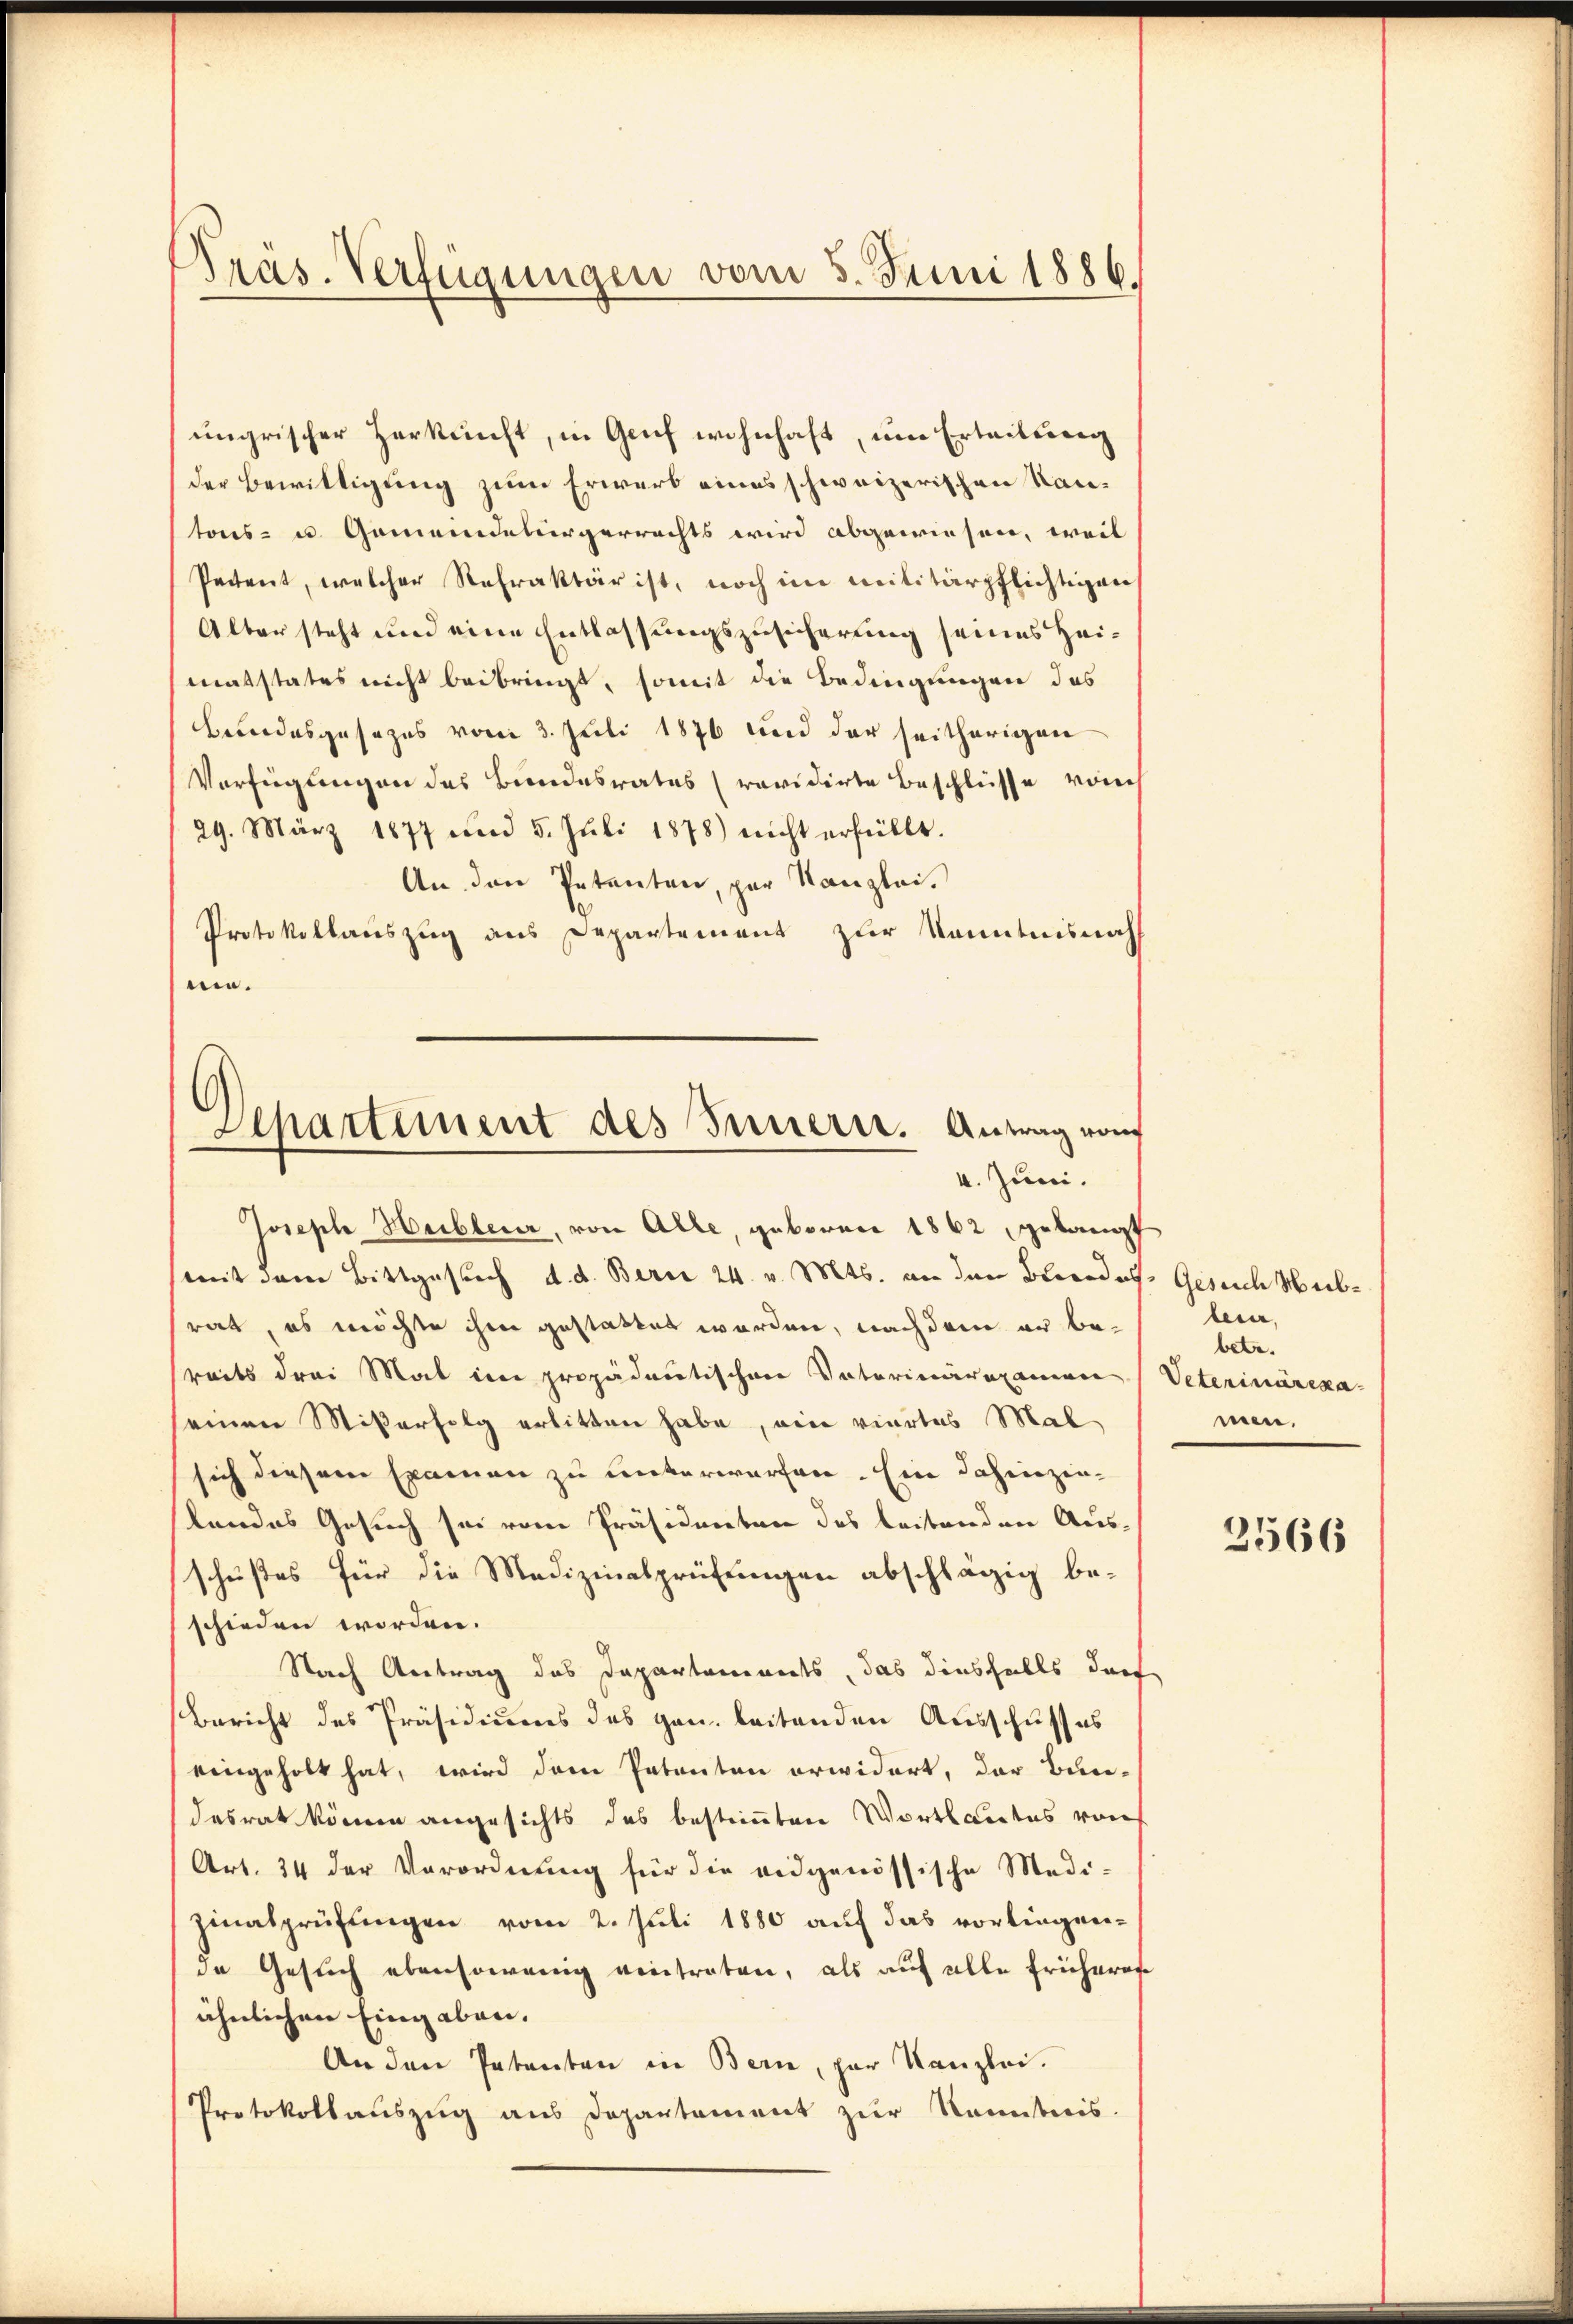
Präs. Verfügungen vom 5. Juni 1886.

ungrischer Herkunft, in Genf wohnhaft, um Erteilung
der Bewittigung zum Erwerb eines schweizerischen Kantons- u. Gemeindebürgerrechts wird abgewiesen, weil
Petent, welcher Refraktär ist, noch im Militärpflichtigen
Alter steht und eine Entlassungszusicherung seines Heimatstates nicht beibringt, somit die Bedingungen das
Bundesgesezes vom 3. Juli 1876 und der seitherigen
Verfügungen des Bundesrates (revidirte Beschlüsse von
29. März 1877 und 5. Juli 1878) nicht erfüllt.
An den Petenten, par Kanzlei.
Protokollauszug aus Departement zur Kenntnisnah
ni.

Departement des Innern. Antrag von
4. Juni.

Joseph Heiblerer, von Alle, geboren 1862 gelangt
mit dem Bittgesuch d. d. Berne 24. v. Mts. an den Beredes Gesuch Meibrat, es möchte ihm gestattet worden, nachdem er bereits drei Mal im propädantischen Vaterinärexamen Veterinärekaseinen Mißerfolg erbitten habe, ein viertes Mal
sich diesem Examen zu unterworfen. Ein dahinzin-
landes Gesuch sei vom Präsidenten des beitenden Aus-
schußes für die Medizinalprüfungen abschlägig beschieden worden.
Nach Antrag des Departements, das diesfalls darf
Bericht des Präsidiums des Hrn. leitenden Ausschusses
eingeholt hat, wird dem Petenten erwidert, der Bun-
desrat können angesichts das bestimmten Wortlautes von
Art. 24 der Verordnŭng für die eidgenössische Medi-
zinalprüfungen vom 2. Juli 1880 auf das vorliegen-
de Gesuch ebensowenig eintraten, als auf alle früherer
ähnlichen Eingaben.
An den Patenten in Bern, par Kanzlei.
Protokollauszug aus Departement zur Kenntnis.

bern,
betr.
men.

2566